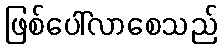
ဖြစ်ပေါ်လာစေသည်